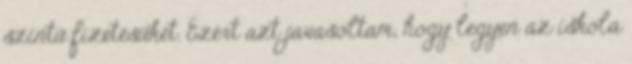
szintű fizetésüket. Ezért azt javasoltam, hogy legyen az iskola